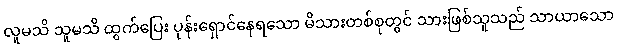
လူမသိ သူမသိ ထွက်ပြေး ပုန်းရှောင်နေရသော မိသားတစ်စုတွင် သားဖြစ်သူသည် သာယာသော